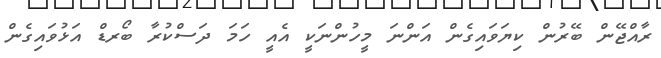
ރާއްޖޭން ބޭރުން ކިޔަވައިގެން އަންނަ މީހުންނަކީ އެއީ ހަމަ ދަސްކުރާ ބޯރޑް އަޅުވައިގެން